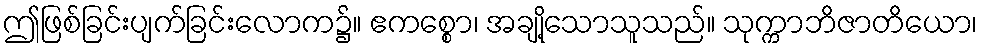
ဤဖြစ်ခြင်းပျက်ခြင်းလောက၌။ ဧကစ္စော၊ အချို့သောသူသည်။ သုက္ကာဘိဇာတိယော၊